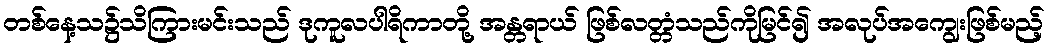
တစ်နေ့သ၌သိကြားမင်းသည် ဒုကူလပါရိကာတို့ အန္တရာယ် ဖြစ်လတ္တံသည်ကိုမြင်၍ အလုပ်အကျွေးဖြစ်မည့်